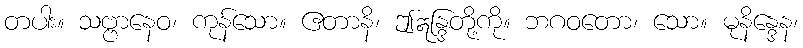
တပါး။ သဗ္ဗာနေဝ၊ ကုန်သော။ ဧတာနိ၊ ဤဣန္ဒြတို့ကို။ ဘဂဝတော၊ သော။ မုနိန္ဒေန၊